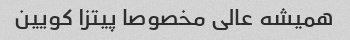
همیشه عالی مخصوصا پیتزا کویین